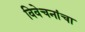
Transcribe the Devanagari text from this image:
विवेचनांचा